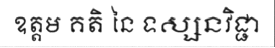
ឧត្តម គតិ នៃ ទស្សនវិជ្ជា